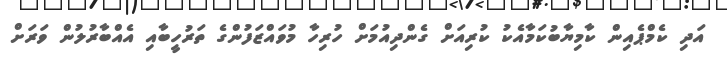
އަދި ކެމްޕެއިން ކާމިޔާބުކަމާއެކު ކުރިއަށް ގެންދިއުމަށް ހުރިހާ މުވައްޒަފުންގެ ތަރުހީބާއި އެއްބާރުލުން ވަރަށް